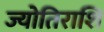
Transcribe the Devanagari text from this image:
ज्योतिराशि